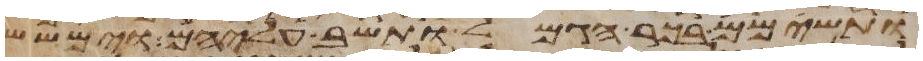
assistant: ותשימם בכר הגמל ותשב עליהם וימשש